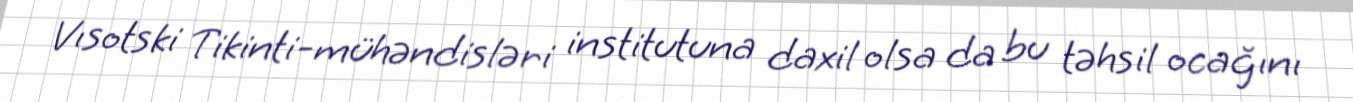
Vısotski Tikinti-mühəndisləri institutuna daxil olsa da bu təhsil ocağını